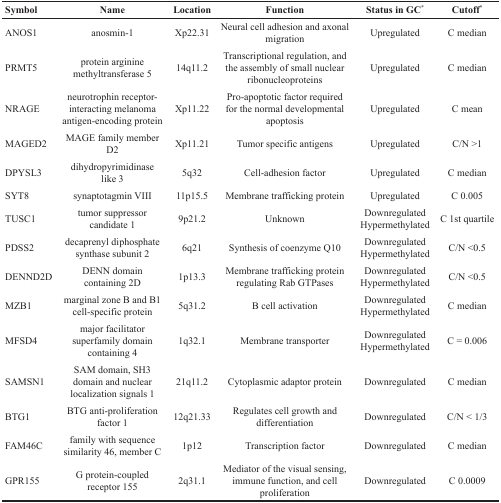
| Symbol | Name | Location | Function | Status in GC* | Cutoff* |
 | --- | --- | --- | --- | --- | --- |
 | ANOS1 | anosmin-1 | Xp22.31 | Neural cell adhesion and axonal migration | Upregulated | C median |
 | PRMT5 | protein arginine methyltransferase 5 | 14q11.2 | Transcriptional regulation, and the assembly of small nuclear ribonucleoproteins | Upregulated | C median |
 | NRAGE | neurotrophin receptor-interacting melanoma antigen-encoding protein | Xp11.22 | Pro-apoptotic factor required for the normal developmental apoptosis | Upregulated | C mean |
 | MAGED2 | MAGE family member D2 | Xp11.21 | Tumor specific antigens | Upregulated | C/N >1 |
 | DPYSL3 | dihydropyrimidinase like 3 | 5q32 | Cell-adhesion factor | Upregulated | C median |
 | SYT8 | synaptotagmin VIII | 11p15.5 | Membrane trafficking protein | Upregulated | C 0.005 |
 | TUSC1 | tumor suppressor candidate 1 | 9p21.2 | Unknown | DownregulatedHypermethylated | C 1st quartile |
 | PDSS2 | decaprenyl diphosphate synthase subunit 2 | 6q21 | Synthesis of coenzyme Q10 | DownregulatedHypermethylated | C/N <0.5 |
 | DENND2D | DENN domain containing 2D | 1p13.3 | Membrane trafficking protein regulating Rab GTPases | DownregulatedHypermethylated | C/N <0.5 |
 | MZB1 | marginal zone B and B1 cell-specific protein | 5q31.2 | B cell activation | DownregulatedHypermethylated | C median |
 | MFSD4 | major facilitator superfamily domain containing 4 | 1q32.1 | Membrane transporter | DownregulatedHypermethylated | C = 0.006 |
 | SAMSN1 | SAM domain, SH3 domain and nuclear localization signals 1 | 21q11.2 | Cytoplasmic adaptor protein | Downregulated | C median |
 | BTG1 | BTG anti-proliferation factor 1 | 12q21.33 | Regulates cell growth and differentiation | Downregulated | C/N < 1/3 |
 | FAM46C | family with sequence similarity 46, member C | 1p12 | Transcription factor | Downregulated | C median |
 | GPR155 | G protein-coupled receptor 155 | 2q31.1 | Mediator of the visual sensing, immune function, and cell proliferation | Downregulated | C 0.0009 |